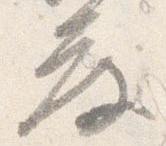
度